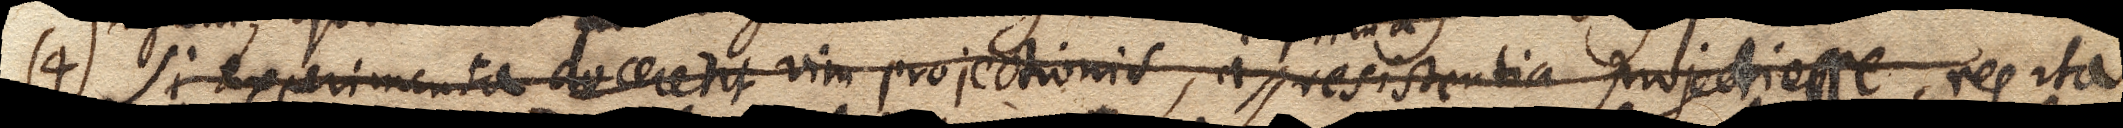
(4) Si experimenta docerent vim projectionis, a resistentia projecti esse, res ita